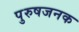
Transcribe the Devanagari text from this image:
पुरुषजनक